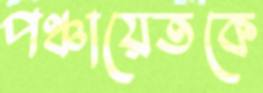
পঞ্চায়েতকে